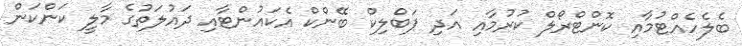
ބެލެހެއްޓުމާއި ކޮންޓްރޯލް ކުރުމާއި އަދި ޕަބްލިކް ބޭންކް އެކައުންޓާއި ދައުލަތުގެ މާލީ ކަންކަން